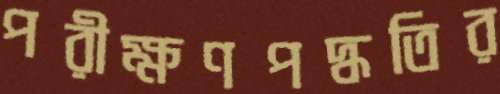
পরীক্ষণপদ্ধতির